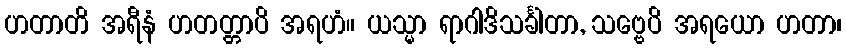
ဟတာတိ အရီနံ ဟတတ္တာပိ အရဟံ။ ယသ္မာ ရာဂါဒိသင်္ခါတာ, သဗ္ဗေပိ အရယော ဟတာ၊